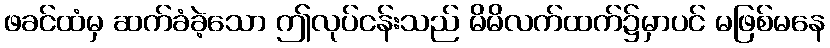
ဖခင်ထံမှ ဆက်ခံခဲ့သော ဤလုပ်ငန်းသည် မိမိလက်ထက်၌မှာပင် မဖြစ်မနေ